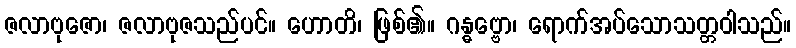
ဇလာဗုဇော၊ ဇလာဗုဇသည်ပင်။ ဟောတိ၊ ဖြစ်၏။ ဂန္ဓဗ္ဗော၊ ရောက်အပ်သောသတ္တဝါသည်။